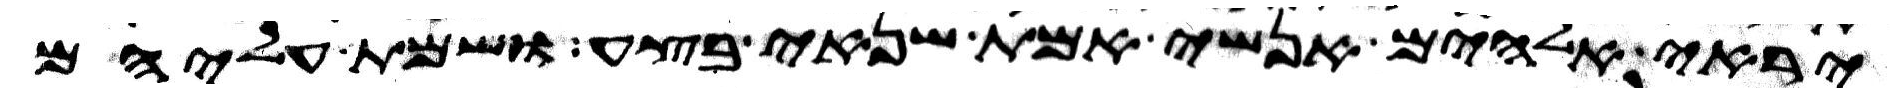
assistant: יראי אלהים אנשי אמת שנאי בצע ושמת עליהם